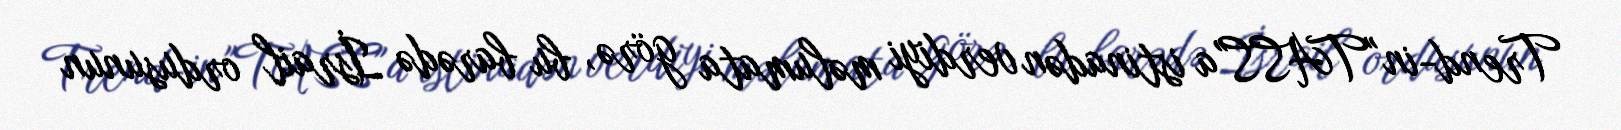
Trend-in "TASS"a istinadən verdiyi məlumata görə, bu barədə İsrail ordusunun